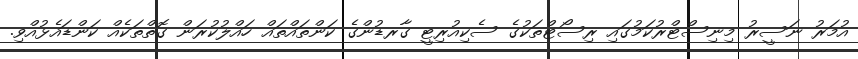
އުމަރު ނަސީރު މިނިސްޓްރުކަމުގައި ރިސޯޓްތަކުގެ ސެކިއުރިޓީ ގާރޑުންގެ ކަންތައްތައް ހައްލުކުރަން ގޮތްތަކެއް ކަންޑައެޅުއްވި.